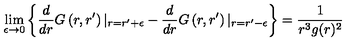
\lim _ { \epsilon \to 0 } \left\{ \frac { d } { d r } G \left( r , r ^ { \prime } \right) \vert _ { r = r ^ { \prime } + \epsilon } - \frac { d } { d r } G \left( r , r ^ { \prime } \right) \vert _ { r = r ^ { \prime } - \epsilon } \right\} = \frac { 1 } { r ^ { 3 } g ( r ) ^ { 2 } }